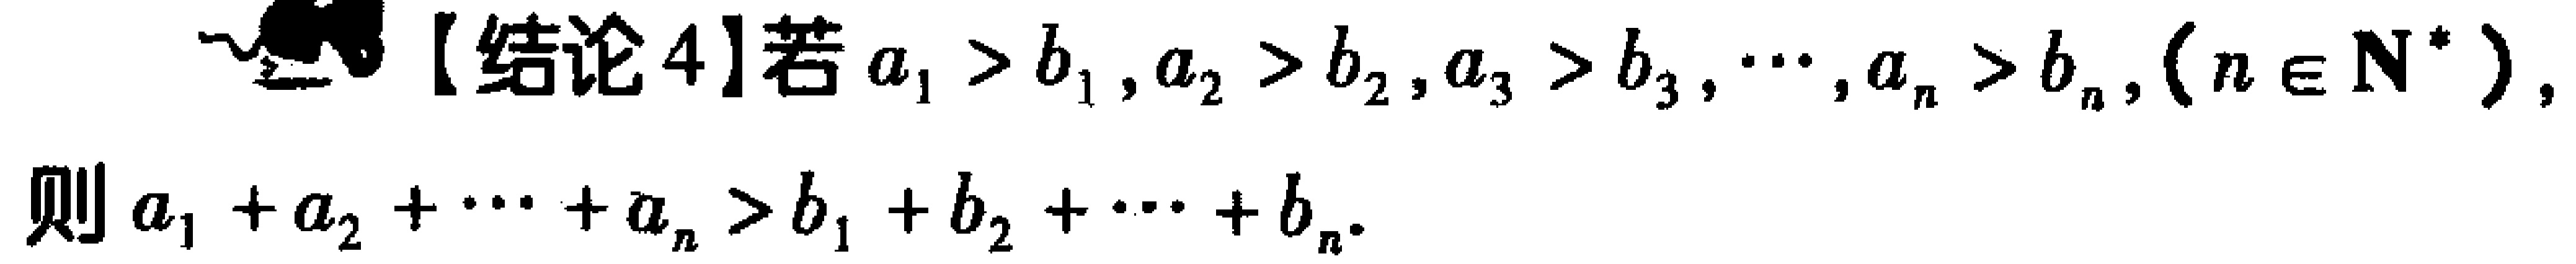
【结论4】若\(a_{1} > b_{1},a_{2} > b_{2},a_{3} > b_{3},\cdots,a_{n} > b_{n},(n\in \mathrm{N}^{*})\)，则\(a_{1} + a_{2} + \cdots + a_{n} > b_{1} + b_{2} + \cdots + b_{n}\)。